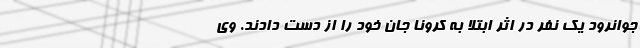
جوانرود یک‌ نفر در اثر ابتلا به کرونا جان خود را از دست دادند. وی